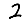
Digit: 2